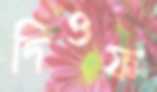
দিওফ